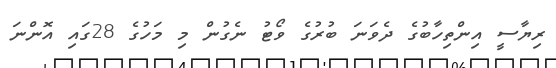
ރިޔާސީ އިންތިހާބުގެ ދެވަނަ ބުރުގެ ވޯޓު ނެގުން މި މަހުގެ 28ގައި އޮންނަ